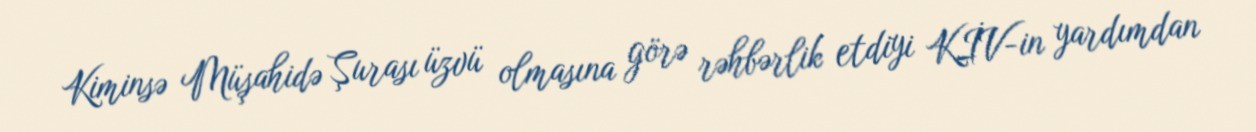
Kiminsə Müşahidə Şurası üzvü olmasına görə rəhbərlik etdiyi KİV-in yardımdan